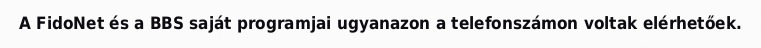
A FidoNet és a BBS saját programjai ugyanazon a telefonszámon voltak elérhetőek.